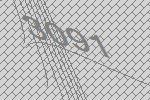
3091